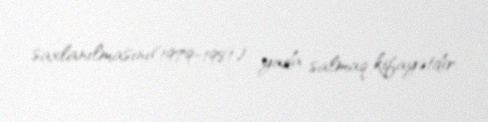
saxlanılmasını(1979-1981) yada salmaq kifayətdir.